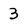
Character: 3